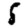
Digit: 5